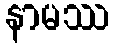
နာမဿ